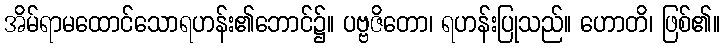
အိမ်ရာမထောင်သောရဟန်း၏ဘောင်၌။ ပဗ္ဗဇိတော၊ ရဟန်းပြုသည်။ ဟောတိ၊ ဖြစ်၏။